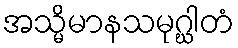
အသ္မိမာနသမုဂ္ဃါတံ